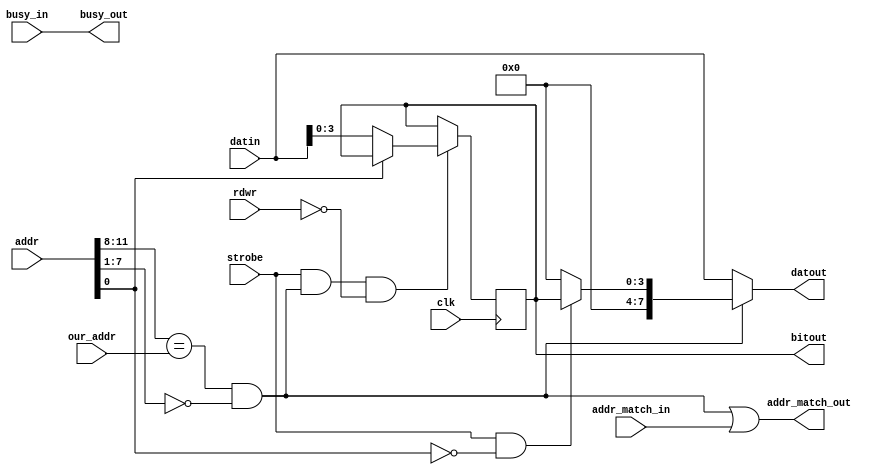
// *********************************************************
// Copyright (c) 2020 Demand Peripherals, Inc.
// 
// This file is licensed separately for private and commercial
// use.  See LICENSE.txt which should have accompanied this file
// for details.  If LICENSE.txt is not available please contact
// support@demandperipherals.com to receive a copy.
// 
// In general, you may use, modify, redistribute this code, and
// use any associated patent(s) as long as
// 1) the above copyright is included in all redistributions,
// 2) this notice is included in all source redistributions, and
// 3) this code or resulting binary is not sold as part of a
//    commercial product.  See LICENSE.txt for definitions.
// 
// DPI PROVIDES THE SOFTWARE "AS IS," WITHOUT WARRANTIES OR
// CONDITIONS OF ANY KIND, EITHER EXPRESS OR IMPLIED, INCLUDING
// WITHOUT LIMITATION ANY WARRANTIES OR CONDITIONS OF TITLE,
// NON-INFRINGEMENT, MERCHANTABILITY, OR FITNESS FOR A PARTICULAR
// PURPOSE.  YOU ARE SOLELY RESPONSIBLE FOR DETERMINING THE
// APPROPRIATENESS OF USING OR REDISTRIBUTING THE SOFTWARE (WHERE
// ALLOWED), AND ASSUME ANY RISKS ASSOCIATED WITH YOUR EXERCISE OF
// PERMISSIONS UNDER THIS AGREEMENT.
// 
// This software may be covered by US patent #10,324,889. Rights
// to use these patents is included in the license agreements.
// See LICENSE.txt for more information.
// *********************************************************

//////////////////////////////////////////////////////////////////////////
//
//
//  Registers are
//    Addr=0    Data out
//
// NOTES:
//
/////////////////////////////////////////////////////////////////////////
module out4l(clk,rdwr,strobe,our_addr,addr,busy_in,busy_out,
       addr_match_in,addr_match_out,datin,datout,bitout);
    input  clk;              // system clock
    input  rdwr;             // direction of this transfer. Read=1; Write=0
    input  strobe;           // true on full valid command
    input  [3:0] our_addr;   // high byte of our assigned address
    input  [11:0] addr;      // address of target peripheral
    input  busy_in;          // ==1 if a previous peripheral is busy
    output busy_out;         // ==our busy state if our address, pass through otherwise
    input  addr_match_in;    // ==1 if a previous peripheral claims the address
    output addr_match_out;   // ==1 if we claim the above address, pass through otherwise
    input  [7:0] datin ;     // Data INto the peripheral;
    output [7:0] datout ;    // Data OUTput from the peripheral, = datin if not us.
    output [3:0] bitout;     // Simple binary output
 
    wire   myaddr;           // ==1 if a correct read/write on our address
    reg    [3:0] val;        // Output values

    initial
    begin
        val = 4'h0;          // zero to force 
    end

    always @(posedge clk)
    begin
        if (strobe & myaddr & ~rdwr)  // latch data on a write
        begin
            if (addr[0] == 0)
                val <= datin[3:0];
        end
    end

    // Assign the outputs.
    assign bitout = val;

    assign myaddr = (addr[11:8] == our_addr) && (addr[7:1] == 0);
    assign datout = (~myaddr) ? datin : 
                     (strobe && (addr[0] == 0)) ? {4'h0,val} :
                     8'h00;

    // Loop in-to-out where appropriate
    assign busy_out = busy_in;
    assign addr_match_out = myaddr | addr_match_in;

endmodule